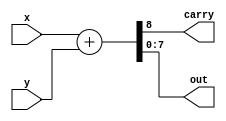

module adder (x, y, carry, out);
  input  [7:0] x, y;
  output       carry;
  output [7:0] out;

  assign {carry, out} = x + y;
endmodule